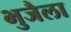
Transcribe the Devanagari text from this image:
भुजैला